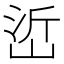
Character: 峾